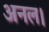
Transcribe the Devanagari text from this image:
अनल।